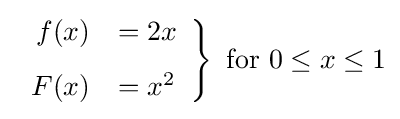
\left.{\begin{array}{rl}f(x)&=2x\\[8pt]F(x)&=x^{2}\end{array}}\right\}{\text{ for }}0\leq x\leq 1